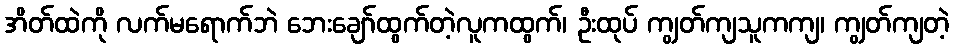
အိတ်ထဲကို လက်မရောက်ဘဲ ဘေးချော်ထွက်တဲ့လူကထွက်၊ ဦးထုပ် ကျွတ်ကျသူကကျ၊ ကျွတ်ကျတဲ့